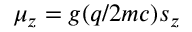
\mu _ { z } = g ( q / 2 m c ) s _ { z }